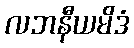
လဘနီယမိဒံ